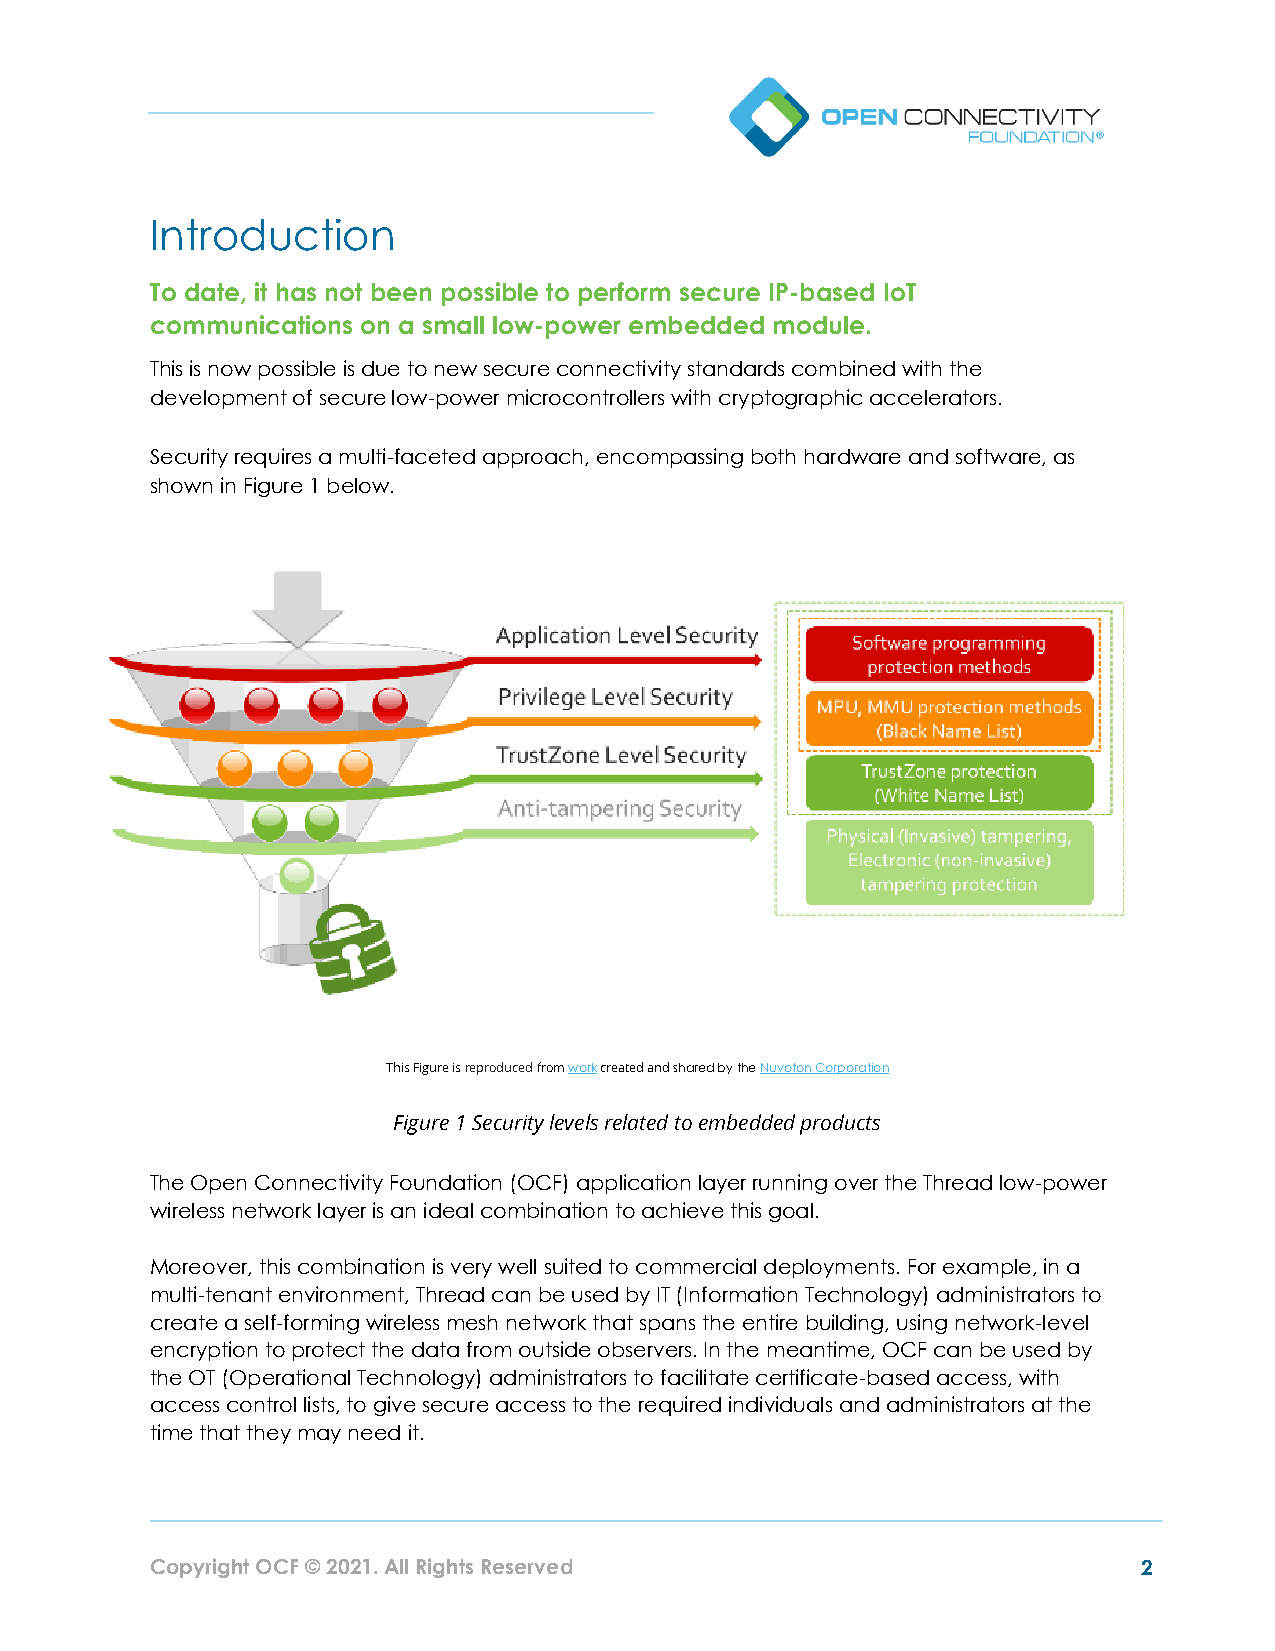
Introduction
 To date, it has not been possible to perform secure IP-based IoT
 communications on a small low-power embedded module.
 This is now possible is due to new secure connectivity standards combined with the
 development of secure low-power microcontrollers with cryptographic accelerators.
 Security requires a multi-faceted approach, encompassing both hardware and software, as
 shown in Figure 1 below.
 This Figure is reproduced from work created and shared by the Nuvoton Corporation
 Figure 1 Security levels related to embedded products
 The Open Connectivity Foundation (OCF) application layer running over the Thread low-power
 wireless network layer is an ideal combination to achieve this goal.
 Moreover, this combination is very well suited to commercial deployments. For example, in a
 multi-tenant environment, Thread can be used by IT (Information Technology) administrators to
 create a self-forming wireless mesh network that spans the entire building, using network-level
 encryption to protect the data from outside observers. In the meantime, OCF can be used by
 the OT (Operational Technology) administrators to facilitate certificate-based access, with
 access control lists, to give secure access to the required individuals and administrators at the
 time that they may need it.
 Copyright OCF © 2021. All Rights Reserved                         2